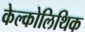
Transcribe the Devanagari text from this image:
केल्कोलिथिक